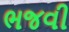
ભજવી